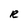
Character: R